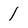
Character: I